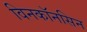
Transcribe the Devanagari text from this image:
विनकॉनसिन